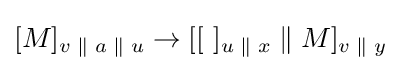
[M]_{v\;\|\;a\;\|\;u}\rightarrow [[~]_{u\;\|\;x}\;\|\;M]_{v\;\|\;y}